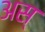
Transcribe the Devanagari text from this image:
अस्‌